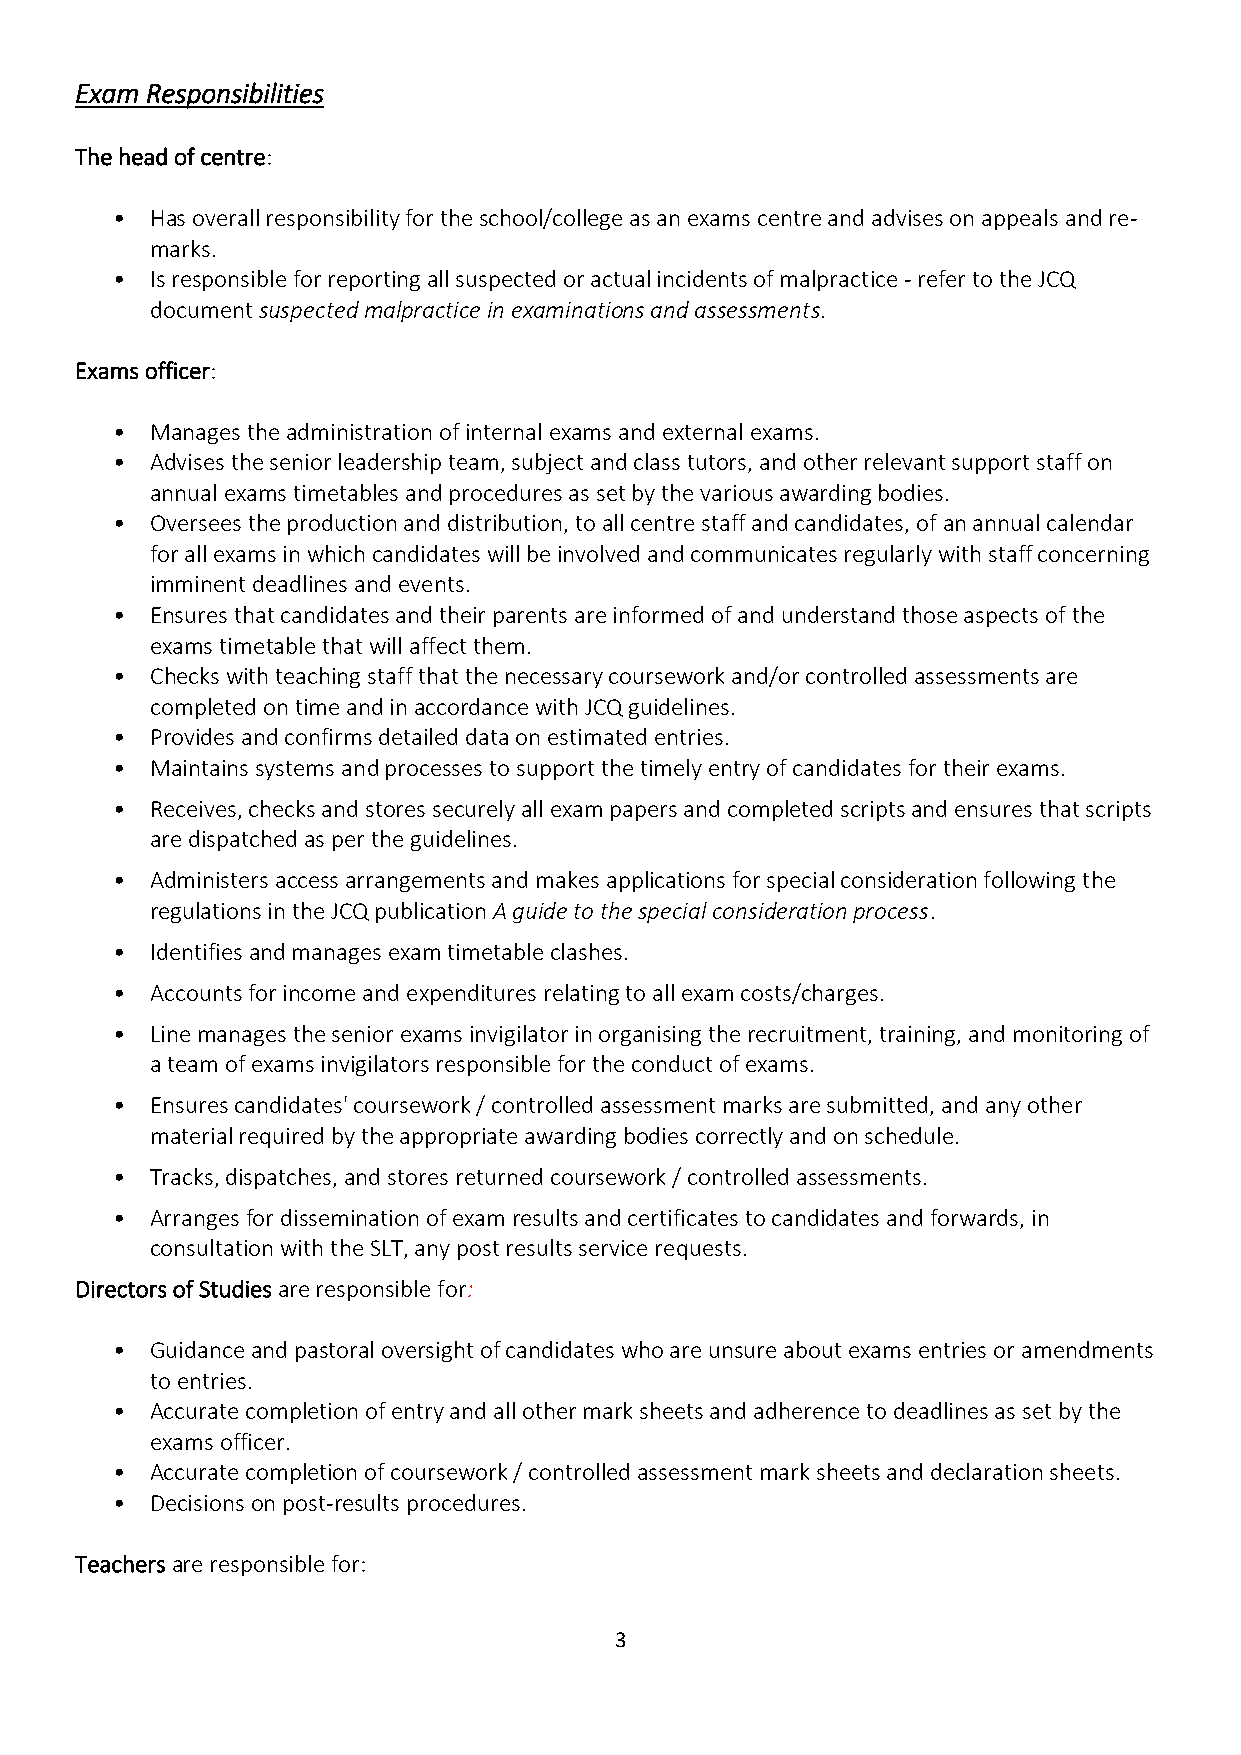
Exam Responsibilities
 The head of centre:
 •  Has overall responsibility for the school/college as an exams centre and advises on appeals and re-
 marks.
 •  Is responsible for reporting all suspected or actual incidents of malpractice - refer to the JCQ
 document suspected malpractice in examinations and assessments.
 Exams officer:
 •  Manages the administration of internal exams and external exams.
 •  Advises the senior leadership team, subject and class tutors, and other relevant support staff on
 annual exams timetables and procedures as set by the various awarding bodies.
 •  Oversees the production and distribution, to all centre staff and candidates, of an annual calendar
 for all exams in which candidates will be involved and communicates regularly with staff concerning
 imminent deadlines and events.
 •  Ensures that candidates and their parents are informed of and understand those aspects of the
 exams timetable that will affect them.
 •  Checks with teaching staff that the necessary coursework and/or controlled assessments are
 completed on time and in accordance with JCQ guidelines.
 •  Provides and confirms detailed data on estimated entries.
 •  Maintains systems and processes to support the timely entry of candidates for their exams.
 •  Receives, checks and stores securely all exam papers and completed scripts and ensures that scripts
 are dispatched as per the guidelines.
 •  Administers access arrangements and makes applications for special consideration following the
 regulations in the JCQ publication A guide to the special consideration process.
 •  Identifies and manages exam timetable clashes.
 •  Accounts for income and expenditures relating to all exam costs/charges.
 •  Line manages the senior exams invigilator in organising the recruitment, training, and monitoring of
 a team of exams invigilators responsible for the conduct of exams.
 •  Ensures candidates' coursework / controlled assessment marks are submitted, and any other
 material required by the appropriate awarding bodies correctly and on schedule.
 •  Tracks, dispatches, and stores returned coursework / controlled assessments.
 •  Arranges for dissemination of exam results and certificates to candidates and forwards, in
 consultation with the SLT, any post results service requests.
 Directors of Studies are responsible for:
 •  Guidance and pastoral oversight of candidates who are unsure about exams entries or amendments
 to entries.
 •  Accurate completion of entry and all other mark sheets and adherence to deadlines as set by the
 exams officer.
 •  Accurate completion of coursework / controlled assessment mark sheets and declaration sheets.
 •  Decisions on post-results procedures.
 Teachers are responsible for:
 3